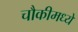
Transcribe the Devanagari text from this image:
चौकीमध्ये